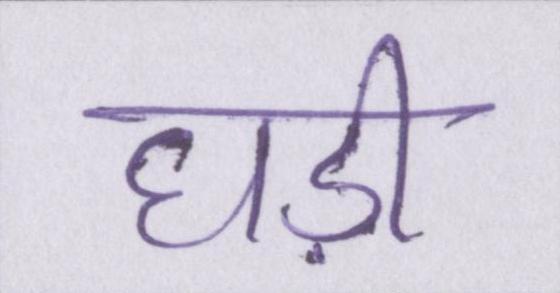
घड़ी